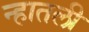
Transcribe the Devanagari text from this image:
न्हातली